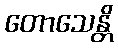
တောသေန္တိ